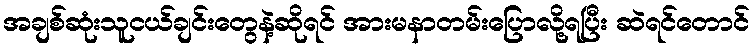
အချစ်ဆုံးသူငယ်ချင်းတွေနဲ့ဆိုရင် အားမနာတမ်းပြောလို့ရပြီး ဆဲရင်တောင်